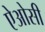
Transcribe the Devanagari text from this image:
ऐओसी